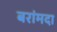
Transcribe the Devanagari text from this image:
बरांमदा